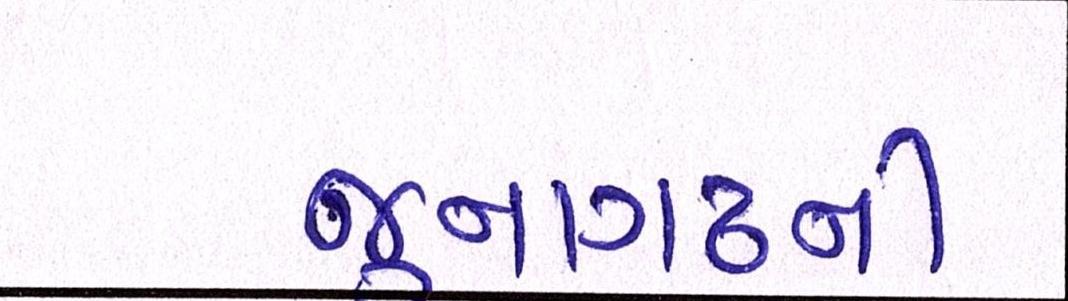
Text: જૂનાગઢની